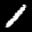
Label: 1